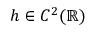
h \in C ^ { 2 } ( \mathbb { R } )